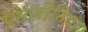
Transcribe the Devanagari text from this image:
एमज़ोनिया